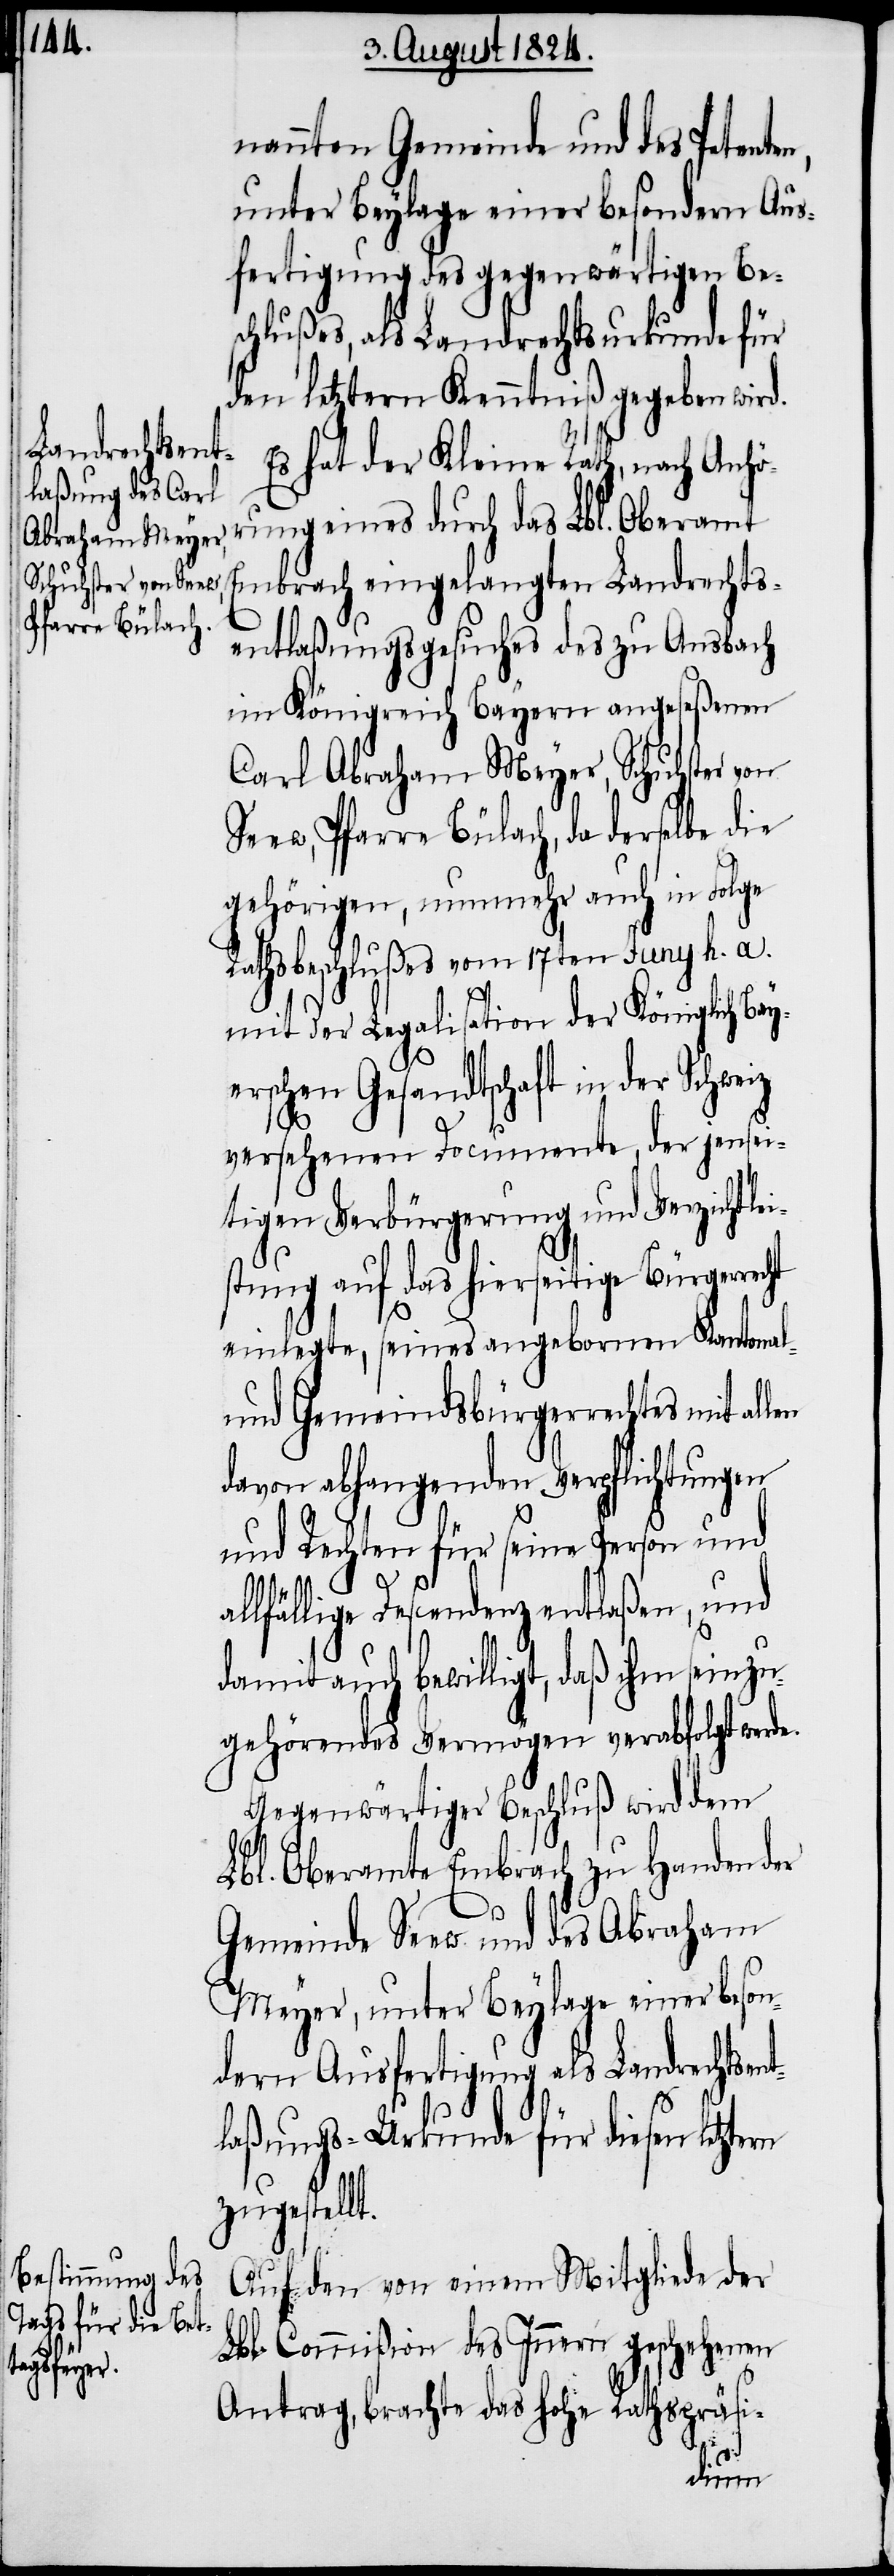
nannten Gemeinde und des Petente¬
unter Beylage einer besondern Aus¬
fertigung des gegenwärtigen Bes¬
chlußes, als Landrechtsurkunde für
den letztern Kenntniß gegeben wird.
Es hat der Kleine Rath, nach Anhö¬
rung eines durch das Lbl. Oberamt
Embrach eingelangten Landrechts¬
entlaßungsgesuches des zu Amsbach
im Königreich Bayern angeseßenen
Carl Abraham Meyer, Schuhster von
Seew, Pfarre Bülach, da derselbe die
gehörigen, nunmehr auch in Folge
Rathsbeschlußes vom 17ten Juny h. a.
mit der Legalisation der Königlich Ba¬
yerschen Gesandtschaft in der
versehenen Documente, der jensei¬
tigen Verbürgerung und Verzichtl¬
stung auf das hierseitige Bürger¬
einlegte, seines angebornen Kantonal-
und Gemeindsbürgerrechtes mit al¬
davon abhangenden Verpflichtungen
und Rechten für seine Person und
lfällige Descendenz entlaßen, und
damit auch bewilligt, daß ihm sein zu¬
gehörendes Vermögen verabfolgt werde.
Gegenwärtiger Beschluß wird dem
Lbl. Oberamte Embrach zu Handen der
Gemeinde Seew und des Abraham
Meyer, unter Beylage einer beson¬
dern Ausfertigung als Landrechtse¬
laßungs-Urkunde für diesen letztern
zugestell¬
Auf den von einem Mitgliede der
Lbl. Commißion des Innern geschehenen
Antrag, brachte das hohe Rathspräsi-
t.
nt¬